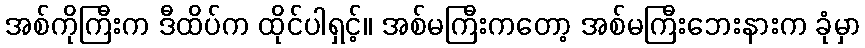
အစ်ကိုကြီးက ဒီထိပ်က ထိုင်ပါရှင့်။ အစ်မကြီးကတော့ အစ်မကြီးဘေးနားက ခုံမှာ